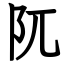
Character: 阢